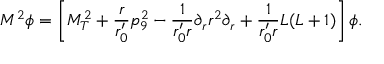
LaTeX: M ^ { 2 } \phi = \left[ M _ { T } ^ { 2 } + \frac { r } { r _ { 0 } ^ { \prime } } p _ { 9 } ^ { 2 } - \frac { 1 } { r _ { 0 } ^ { \prime } r } \partial _ { r } r ^ { 2 } \partial _ { r } + \frac { 1 } { r _ { 0 } ^ { \prime } r } L ( L + 1 ) \right] \phi .